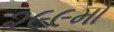
૨૯૯મો